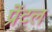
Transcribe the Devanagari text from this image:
प्रेंटल